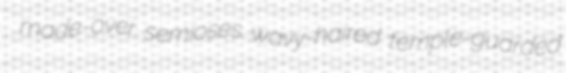
made-over semioses wavy-haired temple-guarded